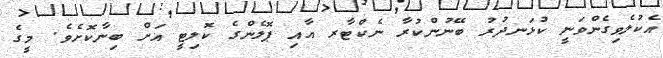
އެކުލެވިގެންވަނީ ކުޅަނދުރު ބޭނުންކުރާ ނެކްޓާރ އާއި ޕޮލެންގެ ކޮލިޓީ އަށް ބިނާކޮށެވެ. މީގެ